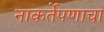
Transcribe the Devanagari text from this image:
नाकर्तेपणाचा